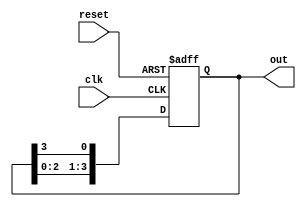
module ring_counter (
    input wire clk,       // Clock input
    input wire reset,     // Asynchronous reset input
    output reg [3:0] out  // 4-bit output representing the state of the ring counter
);

// Initial state
initial begin
    out = 4'b0001; // Initialize the counter to 0001
end

// Always block triggered on the rising edge of the clock or reset
always @(posedge clk or posedge reset) begin
    if (reset) begin
        out <= 4'b0001; // Reset the counter to 0001
    end else begin
        // Shift the '1' to the right, wrapping around
        out <= {out[2:0], out[3]}; // Shift right and wrap around
    end
end

endmodule